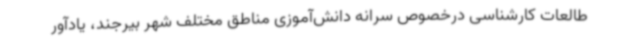
طالعات کارشناسی درخصوص سرانه دانش‌آموزی مناطق مختلف شهر بیرجند، یادآور